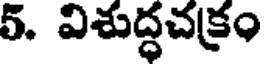
5. విశుద్ధచక్రం